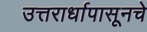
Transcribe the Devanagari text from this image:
उत्तरार्धापासूनचे